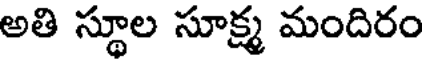
అతి స్థూల సూక్ష్మ మందిరం